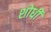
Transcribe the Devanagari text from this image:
शोधी